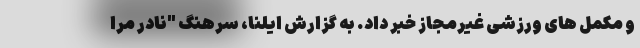
و مکمل های ورزشی غیرمجاز خبر داد. به گزارش ایلنا، سرهنگ "نادر مرا